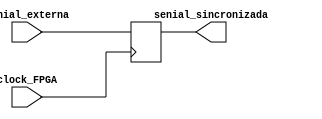
`timescale 1ns / 1ps
//////////////////////////////////////////////////////////////////////////////////
// Company: 
// Engineer: 
// 
// Design Name: 
// Module Name:    sincronizador 
// Project Name: 
// Target Devices: 
// Tool versions: 
// Description: 
//
// Dependencies: 
//
// Revision: 
// Revision 0.01 - File Created
// Additional Comments: 
//
//////////////////////////////////////////////////////////////////////////////////
module sincronizador(senial_externa, clock_FPGA, senial_sincronizada);
	input senial_externa, clock_FPGA;
	output reg senial_sincronizada;
	initial senial_sincronizada = 0;
	always @(negedge clock_FPGA)//por alguna razn es ms preciso con negedge...
	begin
		senial_sincronizada = senial_externa;
	end
endmodule